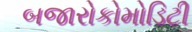
બજારોકોમોડિટી